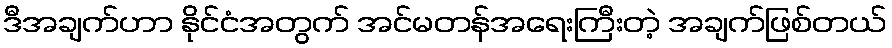
ဒီအချက်ဟာ နိုင်ငံအတွက် အင်မတန်အရေးကြီးတဲ့ အချက်ဖြစ်တယ်